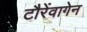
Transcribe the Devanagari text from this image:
टौरेंवागेन